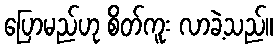
ပြောမည်ဟု စိတ်ကူး လာခဲ့သည်။